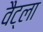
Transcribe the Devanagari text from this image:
वैट्ला